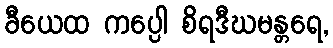
ခီယေထ ကပ္ပေါ စိရဒီဃမန္တရေ,